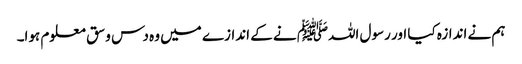
ہم نے اندازہ کیا اور رسول اللہﷺ نے کے اندازے میں وہ دس وسق معلوم ہوا۔